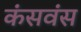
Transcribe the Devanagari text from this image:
कंसवंस